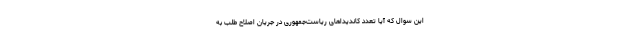
این سوال که آیا تعدد کاندیداهای ریاست‌جمهوری در جریان اصلاح طلب به